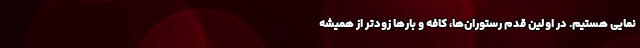
نمایی هستیم. در اولین قدم رستوران‌ها، کافه و بارها زودتر از همیشه